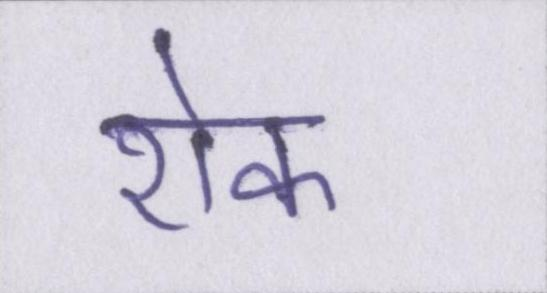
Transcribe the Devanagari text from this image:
रॊक